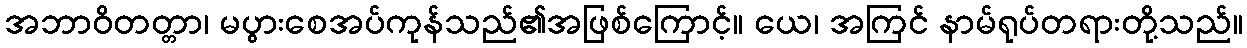
အဘာဝိတတ္တာ၊ မပွားစေအပ်ကုန်သည်၏အဖြစ်ကြောင့်။ ယေ၊ အကြင် နာမ်ရုပ်တရားတို့သည်။